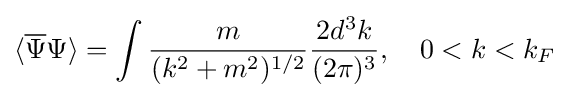
\langle {\overline {\Psi }}\Psi \rangle =\int {\frac {m}{(k^{2}+m^{2})^{1/2}}}{\frac {2d^{3}k}{(2\pi )^{3}}},\quad 0<k<k_{F}